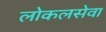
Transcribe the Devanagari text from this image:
लोकलसेवा